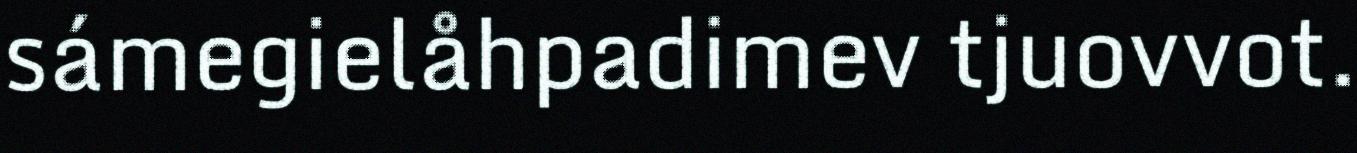
sámegielåhpadimev tjuovvot.